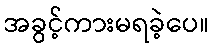
အခွင့်ကားမရခဲ့ပေ။